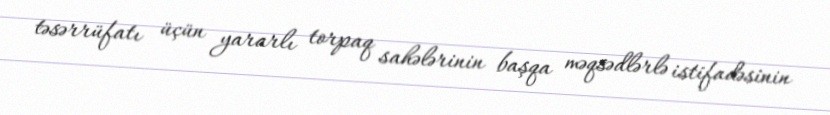
təsərrüfatı üçün yararlı torpaq sahələrinin başqa məqsədlərlə istifadəsinin